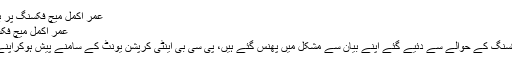
عمر اکمل میچ فکسنگ پر بیان دے کر پھنس گئے | مکالمہ
عمر اکمل میچ فکسنگ پر بیان دے کر پھنس گئے
ٹیسٹ کرکٹر عمراکمل اسپاٹ فکسنگ کے حوالے سے دئیے گئے اپنے بیان سے مشکل میں پھنس گئے ہیں، پی سی بی اینٹی کرپشن یونٹ کے سامنے پیش ہوکراپنے بیان پر پچھتاوے کا اظہار کیا۔